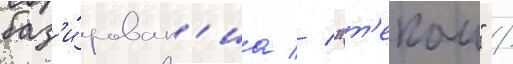
баз'и́рован'иа // "т'екаи" /